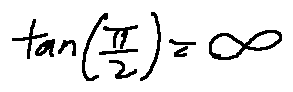
\tan ( \frac { \pi } { 2 } ) = \infty